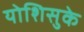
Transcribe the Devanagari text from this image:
योशिसुके